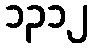
၁၃၁၂